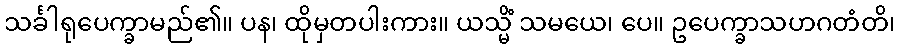
သင်္ခါရုပေက္ခာမည်၏။ ပန၊ ထိုမှတပါးကား။ ယသ္မိံ သမယေ၊ ပေ။ ဥပေက္ခာသဟဂတံတိ၊